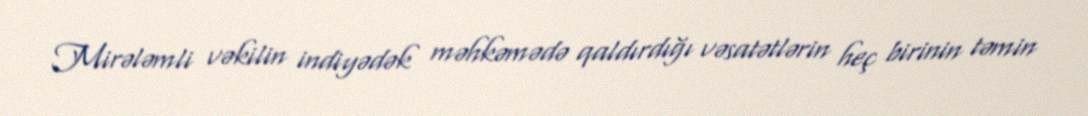
Mirələmli vəkilin indiyədək məhkəmədə qaldırdığı vəsatətlərin heç birinin təmin